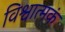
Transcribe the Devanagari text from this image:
विश्वात्मकं